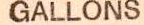
GALLONS